Piroplasma canis and its life cycle in the tick - Number 29
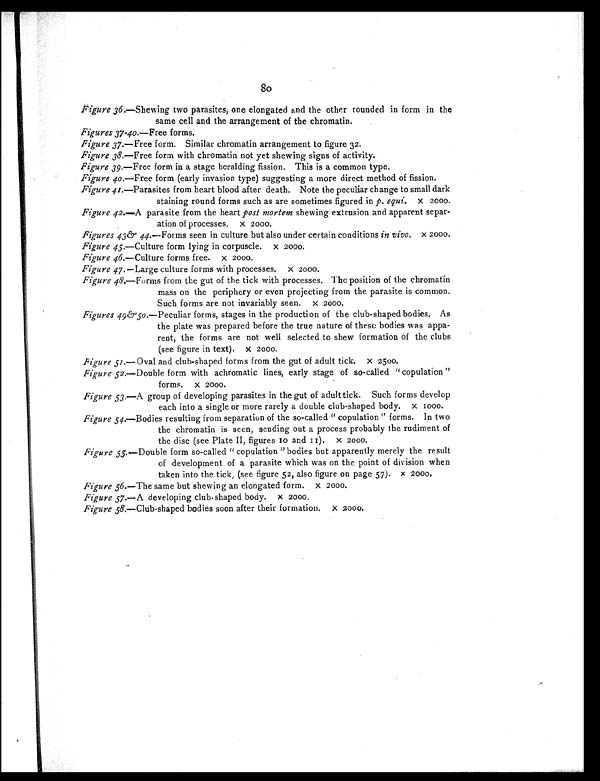
80
Figure 36.—Shewing two parasites, one elongated and the other rounded in form in the
same cell and the arrangement of the chromatin.
Figures 37-40.—Free forms.
Figure 37.—Free form. Similar chromatin arrangement to figure 32.
Figure 38.—Free form with chromatin not yet shewing signs of activity.
Figure 39.—Free form in a stage heralding fission. This is a common type.
Figure 40.—Free form (early invasion type) suggesting a more direct method of fission.
Figure 41.—Parasites from heart blood after death. Note the peculiar change to small dark
staining round forms such as are sometimes figured in p. equi. × 2000.
Figure 42.—A parasite from the heart post mortem shewing extrusion and apparent separ-
ation of processes. × 2000.
Figures 43& 44.—Forms seen in culture but also under certain conditions in vivo. × 2000.
Figure 45.—Culture form lying in corpuscle. × 2000.
Figure 46.—Culture forms free. × 2000.
Figure 47.—Large culture forms with processes. × 2000.
Figure 48.—Forms from the gut of the tick with processes. The position of the chromatin
mass on the periphery or even projecting from the parasite is common.
Such forms are not invariably seen. × 2000.
Figures 49&50. —Peculiar forms, stages in the production of the club-shaped bodies. As
the plate was prepared before the true nature of these bodies was appa-
rent, the forms are not well selected to shew formation of the clubs
(see figure in text). × 2000.
Figure 51. —Oval and club-shaped forms from the gut of adult tick. × 2500.
Figure 52. —Double form with achromatic lines, early stage of so-called "copulation"
forms. × 2000.
Figure 53. —A group of developing parasites in the gut of adult tick. Such forms develop
each into a single or more rarely a double club-shaped body. × 1000.
Figure 54. —Bodies resulting from separation of the so-called "copulation" forms. In two
the chromatin is seen, sending out a process probably the rudiment of
the disc (see Plate II, figures 10 and 11). × 2000.
Figure 55. —Double form so-called "copulation" bodies but apparently merely the result
of development of a parasite which was on the point of division when
taken into the tick, (see figure 52, also figure on page 57). × 2000.
Figure 56.—The same but shewing an elongated form. × 2000.
Figure 57.—A developing club-shaped body. × 2000.
Figure 58.—Club-shaped bodies soon after their formation. × 2000.